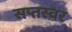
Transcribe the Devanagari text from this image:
सप्तस्वर